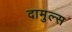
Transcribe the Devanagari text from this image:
दामुल्स